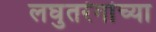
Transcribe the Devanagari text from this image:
लघुतरंगांच्या